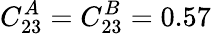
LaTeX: C_{23}^{A}=C_{23}^{B}=0.57